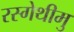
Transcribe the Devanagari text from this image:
रस्गेथीमु